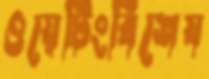
ওয়েটিংবিশেষ